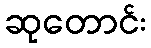
ဆုတောင်း